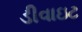
ડીવાઇટ